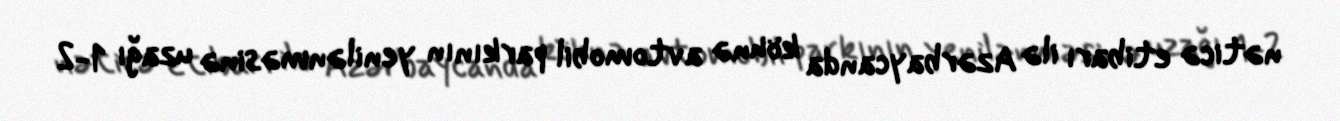
nəticə etibarı ilə Azərbaycanda köhnə avtomobil parkının yenilənməsinə uzağı 1-2